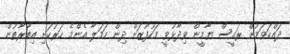
ދައްކަވަމުން ރައީސް ޔާމީން ވިދާޅުވީ މަހުފޫޒަށް ދިން ހަމަލާ އެންމެ ހަރުކަށި އިބާރާތުން